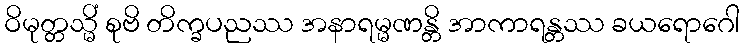
ဝိမုတ္တသ္မိံ စုဗိ တိက္ခပညဿ အနာရမ္မဏန္တိ အာကာရန္တဿ ခယရောဂေါ